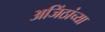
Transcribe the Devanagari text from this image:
अजिंठांच्या